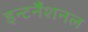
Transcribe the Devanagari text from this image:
इन्टर्नैशनल